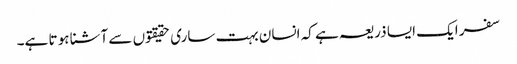
سفر ایک ایسا ذریعہ ہے کہ انسان بہت ساری حقیقتوں سے آشنا ہو تا ہے۔